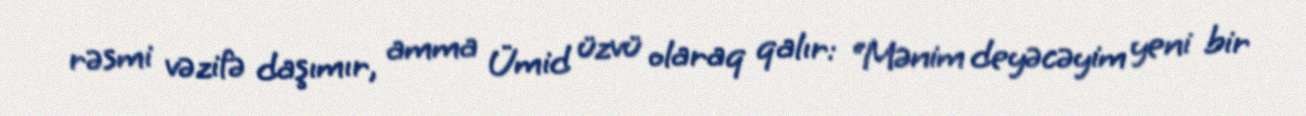
rəsmi vəzifə daşımır, amma Ümid üzvü olaraq qalır: “Mənim deyəcəyim yeni bir